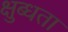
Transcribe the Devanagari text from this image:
क्षुब्धता